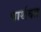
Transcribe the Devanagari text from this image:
पार्थक्त